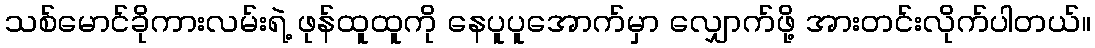
သစ်မောင်ခိုကားလမ်းရဲ့ ဖုန်ထူထူကို နေပူပူအောက်မှာ လျှောက်ဖို့ အားတင်းလိုက်ပါတယ်။